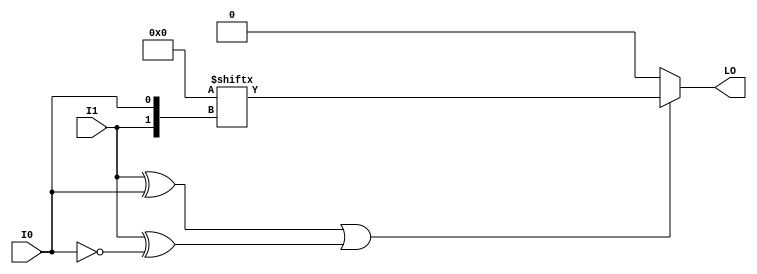
// $Header: /devl/xcs/repo/env/Databases/CAEInterfaces/verunilibs/data/unisims/LUT2_L.v,v 1.6.158.1 2007/03/09 18:13:09 patrickp Exp $
///////////////////////////////////////////////////////////////////////////////
// Copyright (c) 1995/2004 Xilinx, Inc.
// All Right Reserved.
///////////////////////////////////////////////////////////////////////////////
//   ____  ____
//  /   /\/   /
// /___/  \  /    Vendor : Xilinx
// \   \   \/     Version : 8.1i (I.13)
//  \   \         Description : Xilinx Functional Simulation Library Component
//  /   /                  2-input Look-Up-Table with Local Output
// /___/   /\     Filename : LUT2_L.v
// \   \  /  \    Timestamp : Thu Mar 25 16:42:54 PST 2004
//  \___\/\___\
//
// Revision:
//    03/23/04 - Initial version.
//    02/04/05 - Rev 0.0.1 Replace premitive with function; Remove buf.
// End Revision

`timescale  100 ps / 10 ps


module LUT2_L (LO, I0, I1);

    parameter INIT = 4'h0;

    input I0, I1;

    output LO;

    reg  LO;
    wire [1:0] s;

    assign s = {I1, I0};

    always @(s)
       if ((s[1]^s[0] ==1) || (s[1]^s[0] ==0))
           LO = INIT[s];
         else if ((INIT[0] == INIT[1]) && (INIT[2] == INIT[3]) && (INIT[0] == INIT[2])) 
           LO = INIT[0];
         else if ((s[1] == 0) && (INIT[0] == INIT[1]))
           LO = INIT[0];
         else if ((s[1] == 1) && (INIT[2] == INIT[3])) 
           LO = INIT[2];
         else if ((s[0] == 0) && (INIT[0] == INIT[2])) 
           LO = INIT[0];
         else if ((s[0] == 1) && (INIT[1] == INIT[3]))
           LO = INIT[1];
         else
           LO = 1'bx;

endmodule